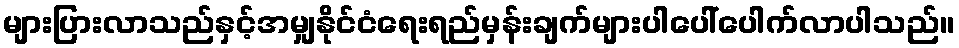
များပြားလာသည်နှင့်အမျှနိုင်ငံရေးရည်မှန်းချက်များပါပေါ်ပေါက်လာပါသည်။